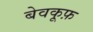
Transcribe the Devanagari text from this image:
बेवकू़फ़